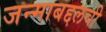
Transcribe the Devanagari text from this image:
जन्माबद्दलची